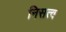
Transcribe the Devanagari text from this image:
निसत्व